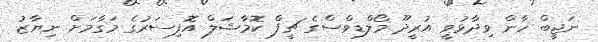
ނަޖީބް ހާން ވިދާޅުވީ އުރީދޫ މޯލްޑިވްސްގެ ޗީފް ކޮމާޝަލް އޮފިސަރުގެ މަގާމަށް ނިޔާޒު